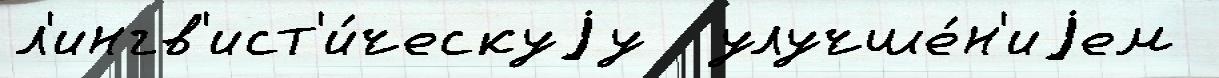
л'ингв'ист'и́ческуjу  улучше́н'иjем